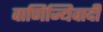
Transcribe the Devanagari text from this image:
वाणिज्यिवादी